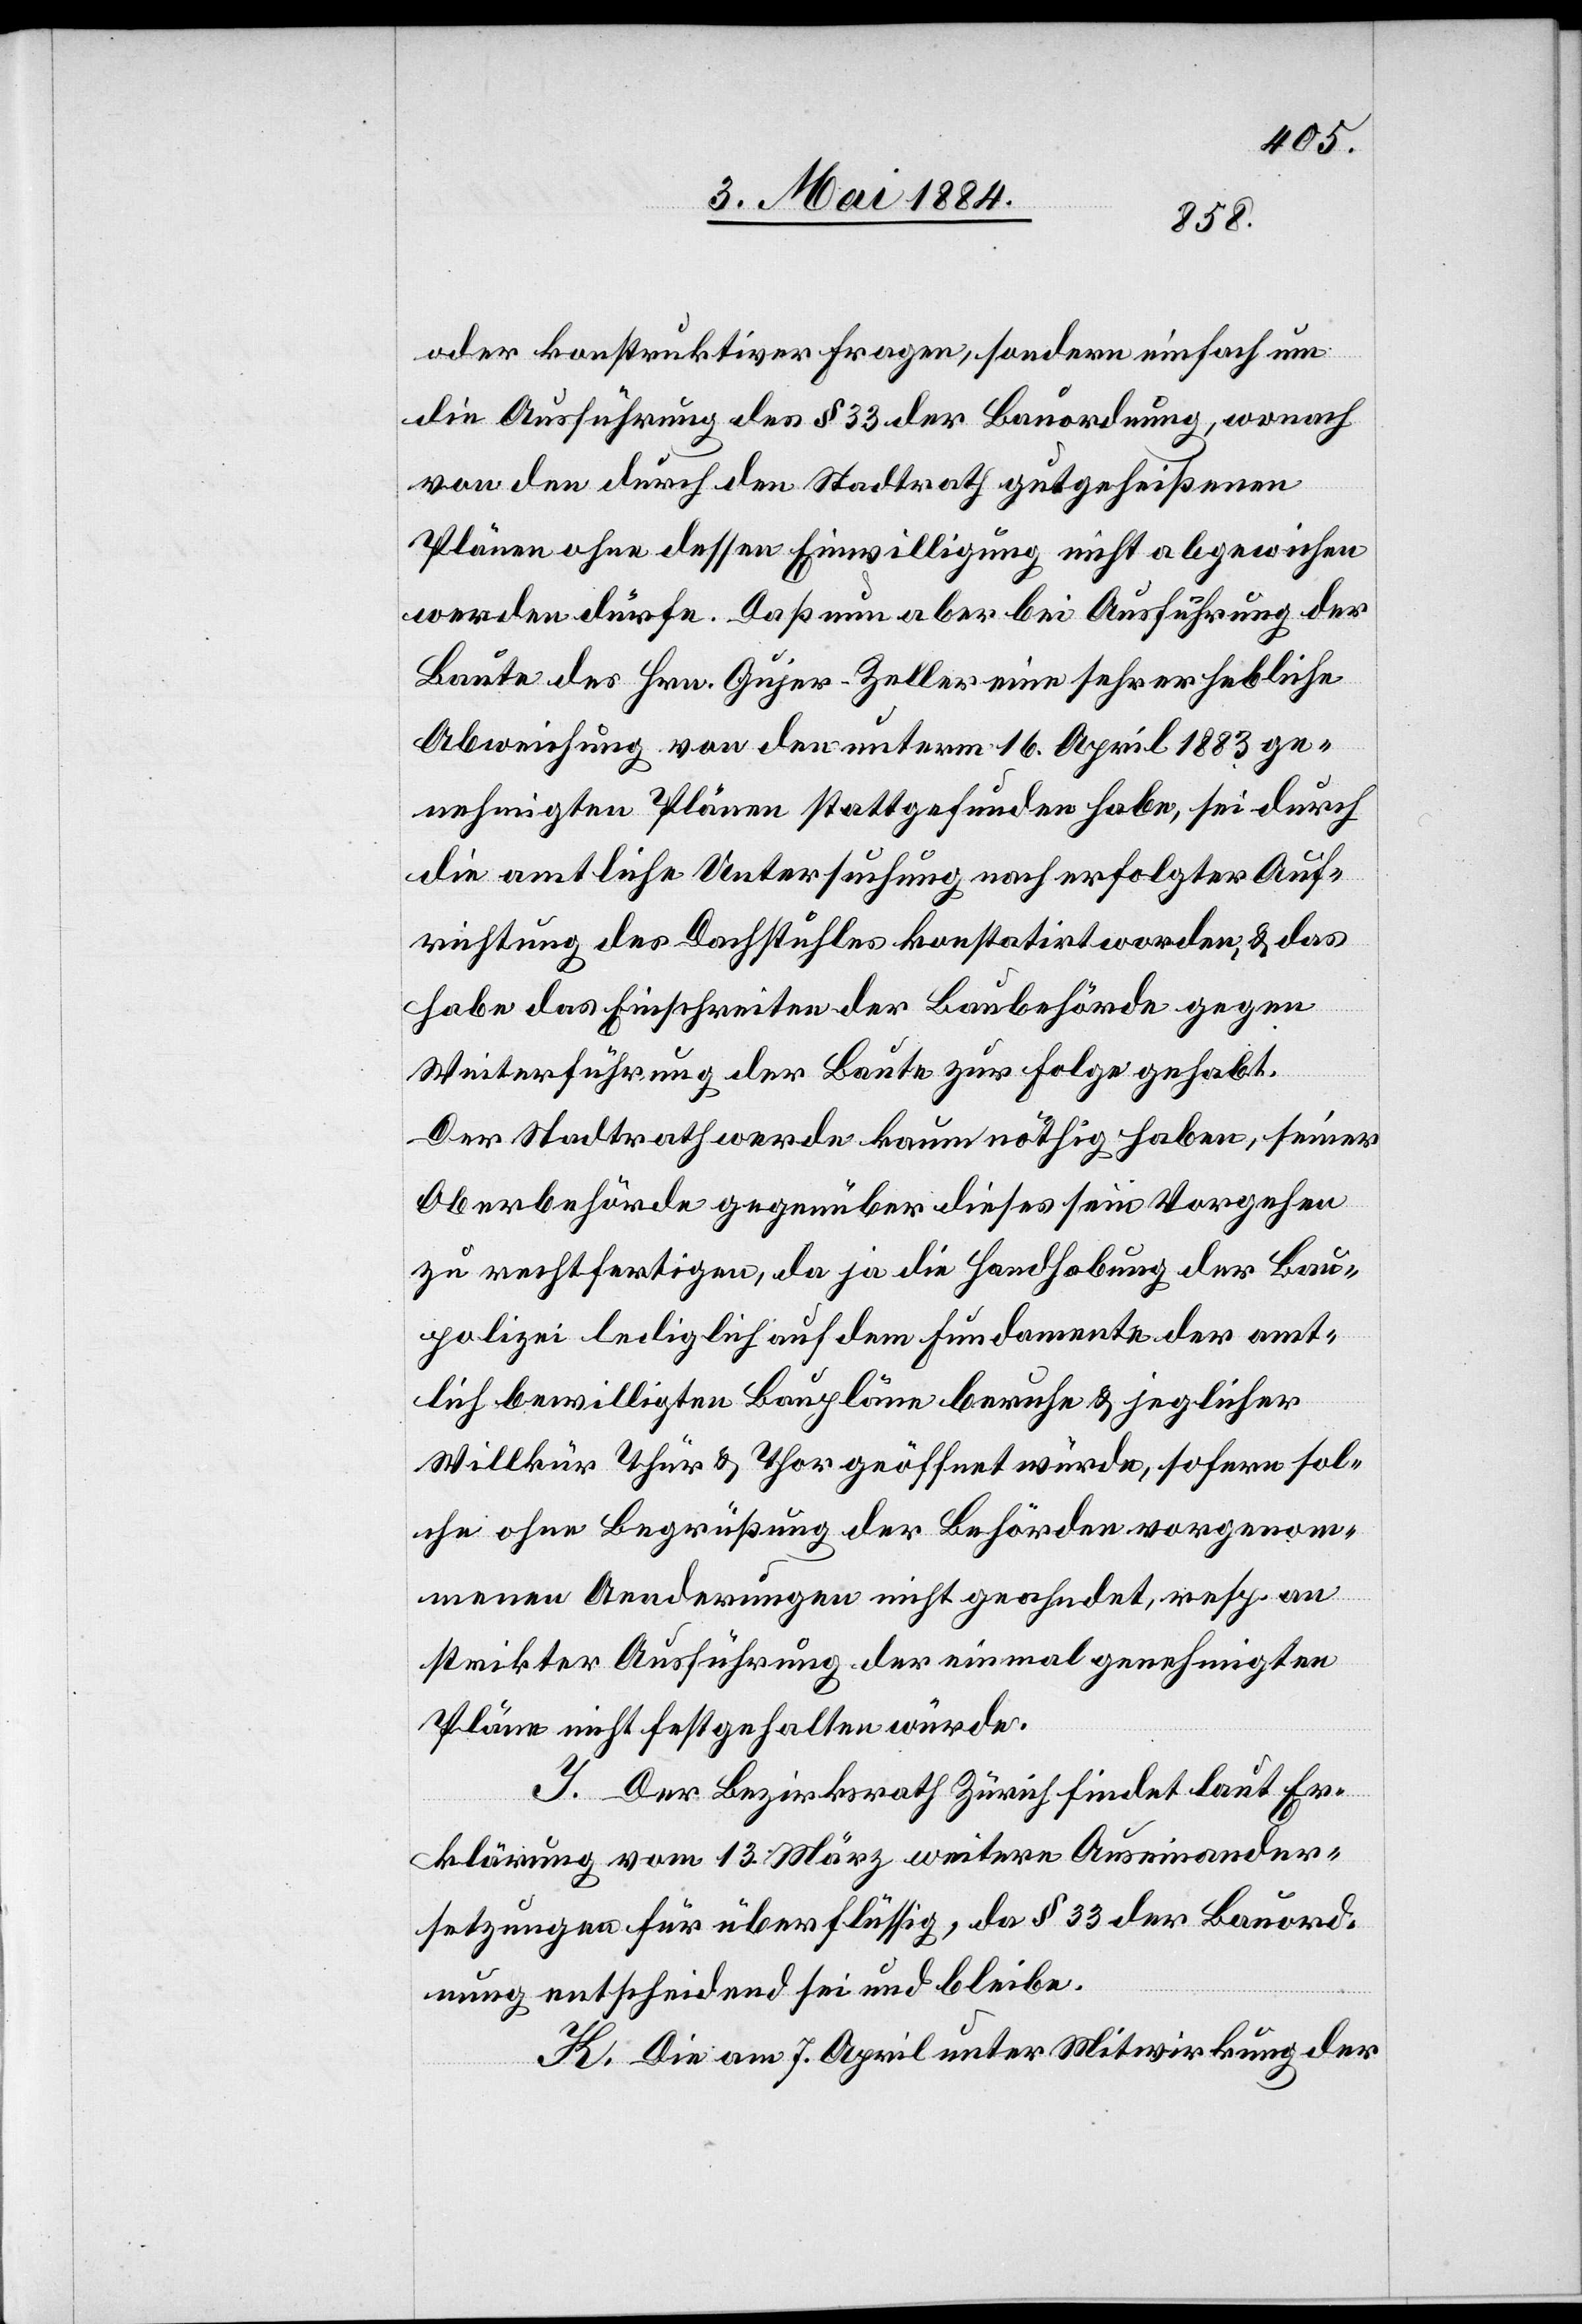
oder konstruktiver Fragen, sondern einfach um
die Ausführung des § 33 der Bauordnung, wonach
von den durch den Stadtrath gutgeheißenen
Plänen ohne dessen Einwilligung nicht abgewichen
werden dürfe. Daß nun aber bei Ausführung der
Baute des Hrn. Gujer-Zeller eine sehr erhebliche
Abweichung von den unterm 16. April 1883 ge¬
nehmigten Plänen stattgefunden habe, sei durch
die amtliche Untersuchung nach erfolgter Auf¬
richtung des Dachstuhles konstatirt worden, & das
habe das Einschreiten der Baubehörde gegen
Weiterführung der Baute zur Folge gehabt.
Der Stadtrath werde kaum nöthig haben, seiner
Oberbehörde gegenüber dieses sein Vorgehen
zu rechtfertigen, da ja die Handhabung der Bau¬
polizei lediglich auf dem Fundamente der amt¬
lich bewilligten Baupläne beruhe & jeglicher
Willkür Thür & Thor geöffnet würde, sofern sol¬
che ohne Begrüßung der Behörden vorgenom¬
menen Aenderungen nicht geahndet, resp. an
strikter Ausführung der einmal genehmigten
Pläne nicht festgehalten würde.
I. Der Bezirksrath Zürich findet laut Er¬
klärung vom 13. März weitere Auseinander¬
setzung für überflüssig, da § 33 der Bauord¬
nung entscheidend sei und bleibe.
K. Die am 7. April unter Mitwirkung der